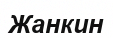
Жанкин